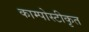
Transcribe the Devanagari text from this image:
काम्पोस्टीकृत